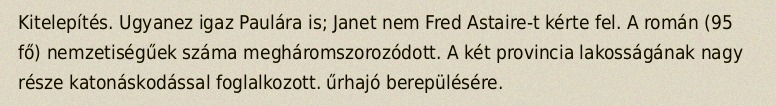
Kitelepítés. Ugyanez igaz Paulára is; Janet nem Fred Astaire-t kérte fel. A román (95 fő) nemzetiségűek száma megháromszorozódott. A két provincia lakosságának nagy része katonáskodással foglalkozott. űrhajó berepülésére.